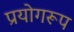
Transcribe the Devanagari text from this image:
प्रयोगरूप